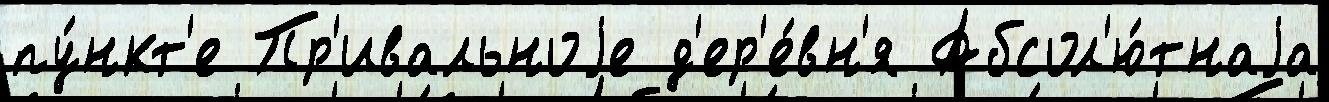
пу́нкт'е Пр'ивальноjе д'ер'е́вн'я Абсол'ю́тнаjа